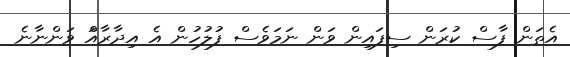
އެތަން ފާސް ކުރަން ސިފައިން ވަން ނަމަވެސް ފުުލުހުން އެ އިދާރާއަް ވަންނާނެ